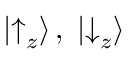
| { \uparrow } _ { z } \rangle \, , \; | { \downarrow } _ { z } \rangle